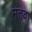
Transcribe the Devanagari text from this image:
मतवा